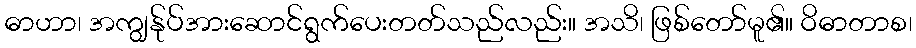
ဓာဟာ၊ အကျွန်ုပ်အားဆောင်ရွက်ပေးတတ်သည်လည်း။ အသိ၊ ဖြစ်တော်မူ၏။ ဝိဓာတာစ၊